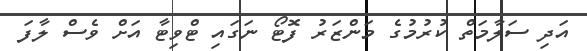
އަދި ސަލާމަތް ކުރުމުގެ މަންޒަރު ފޮޓޯ ނަގައި ޓްވިޓާ އަށް ވެސް ލާފަ